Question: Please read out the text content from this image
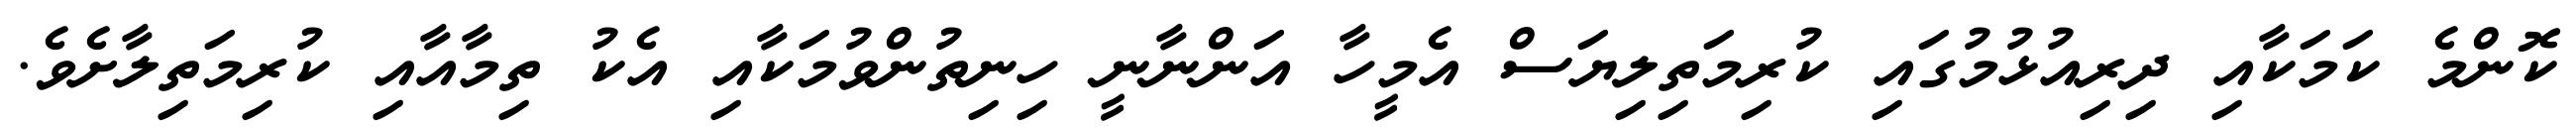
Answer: ކޮންމެ ކަމަކާއި ދިރިއުޅުމުގައި ކުރިމަތިލިޔަސް އެމީހާ އަންނާނީ ހިނިތުންވުމަކާއި އެކު ތިމާއާއި ކުރިމަތިލާށެވެ.